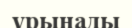
ұрынады